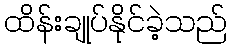
ထိန်းချုပ်နိုင်ခဲ့သည်